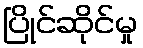
ပြိုင်ဆိုင်မှု